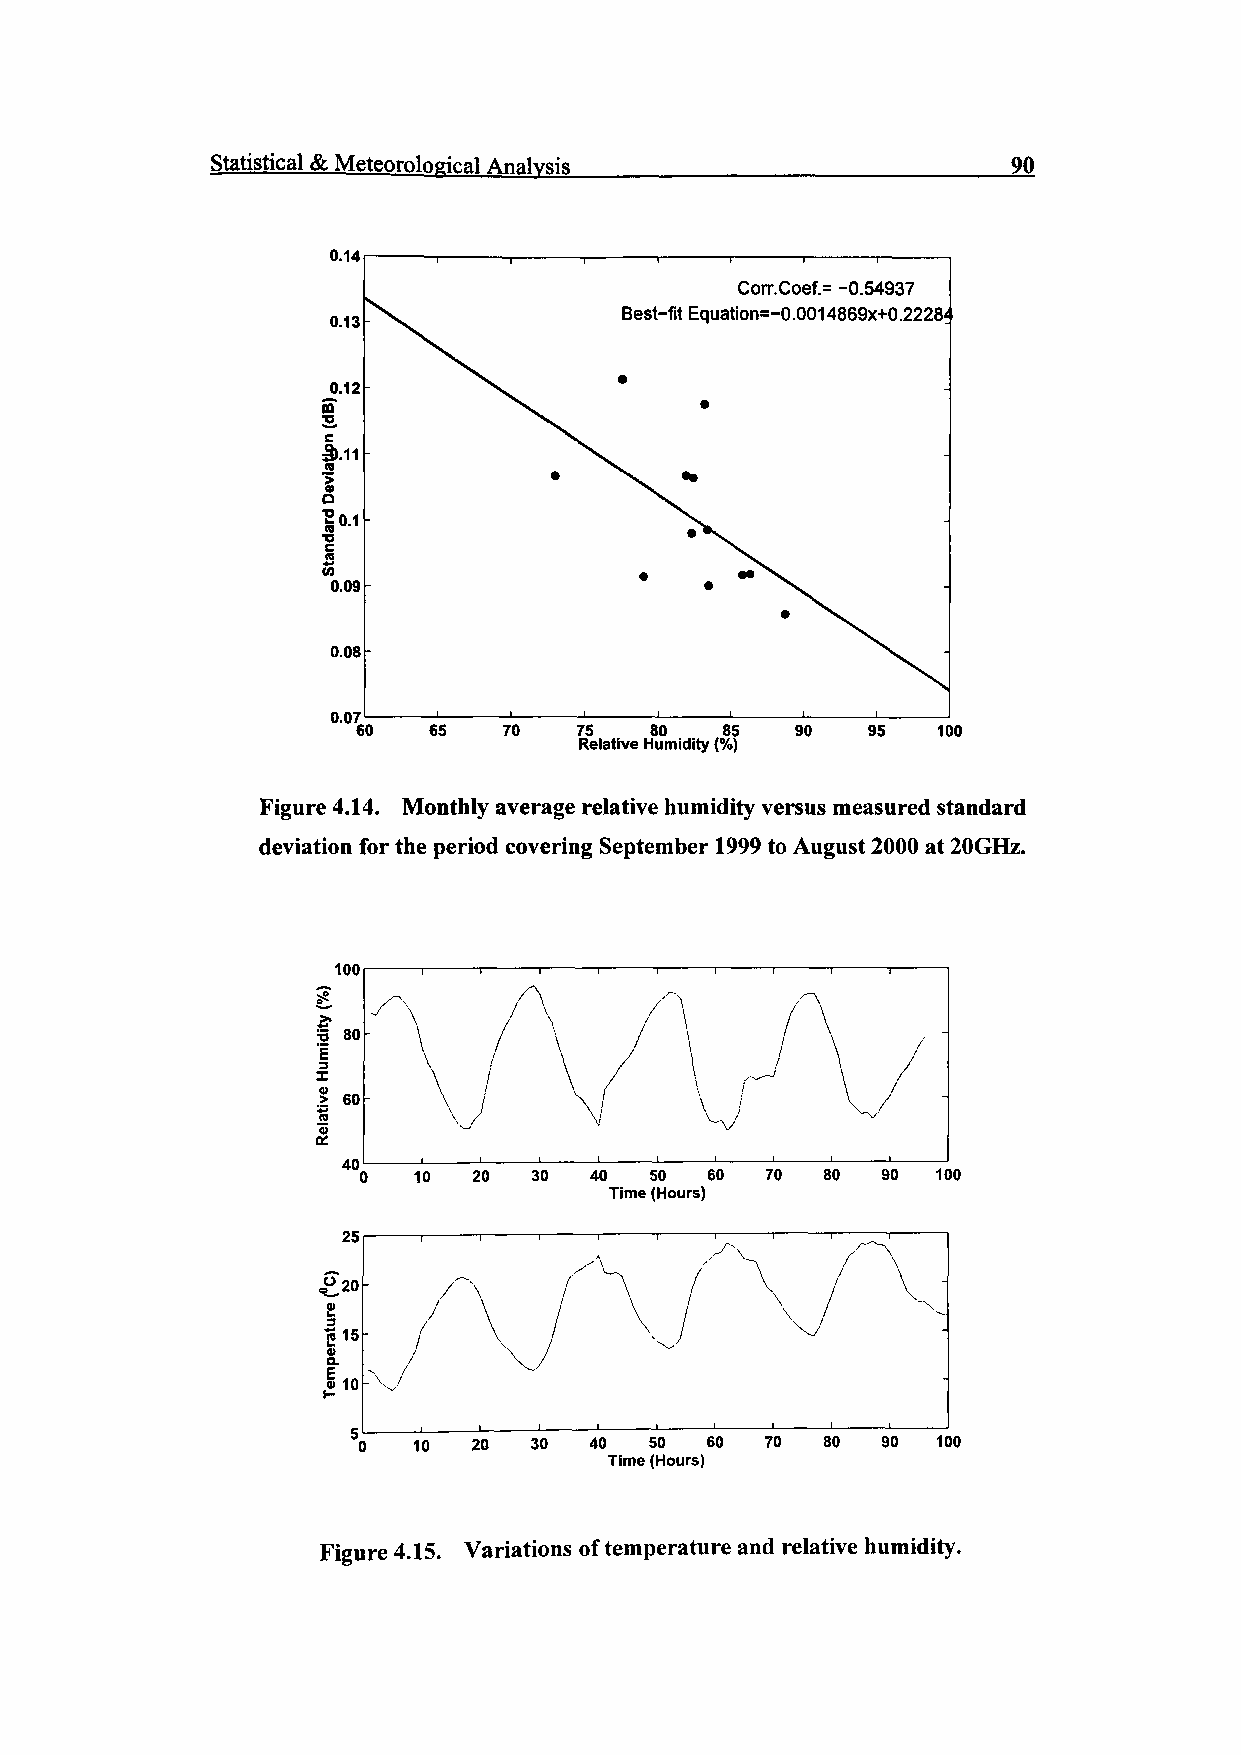
Statistical & Meteorological Analysis                90
 0.14
 Corr.Coef.= -0.54937
 Best-fit Equation=-0.0014869x+0.2228
 0.13
 J?'12
 IB
 ^
 1.11
 •0.1
 a)
 0.09
 0.08
 0.07
 60  65   70   75   80   85   90  95   100
 Relative Humidity (%)
 Figure 4.14. Monthly average relative humidity versus measured standard
 deviation for the period covering September 1999 to August 2000 at 20GHz.
 100
 =5 80
 E
 3
 .1 60
 IS
 40      _l________I________1________L- _J________l_
 0  10  20  30  40  50  60  70 80  90  100
 Time (Hours)
 25
 "20
 115
 0)
 Q.
 I 10 . v
 10  20  30  40  50  60  70  80 90  100
 Time (Hours)
 Figure 4.15. Variations of temperature and relative humidity.